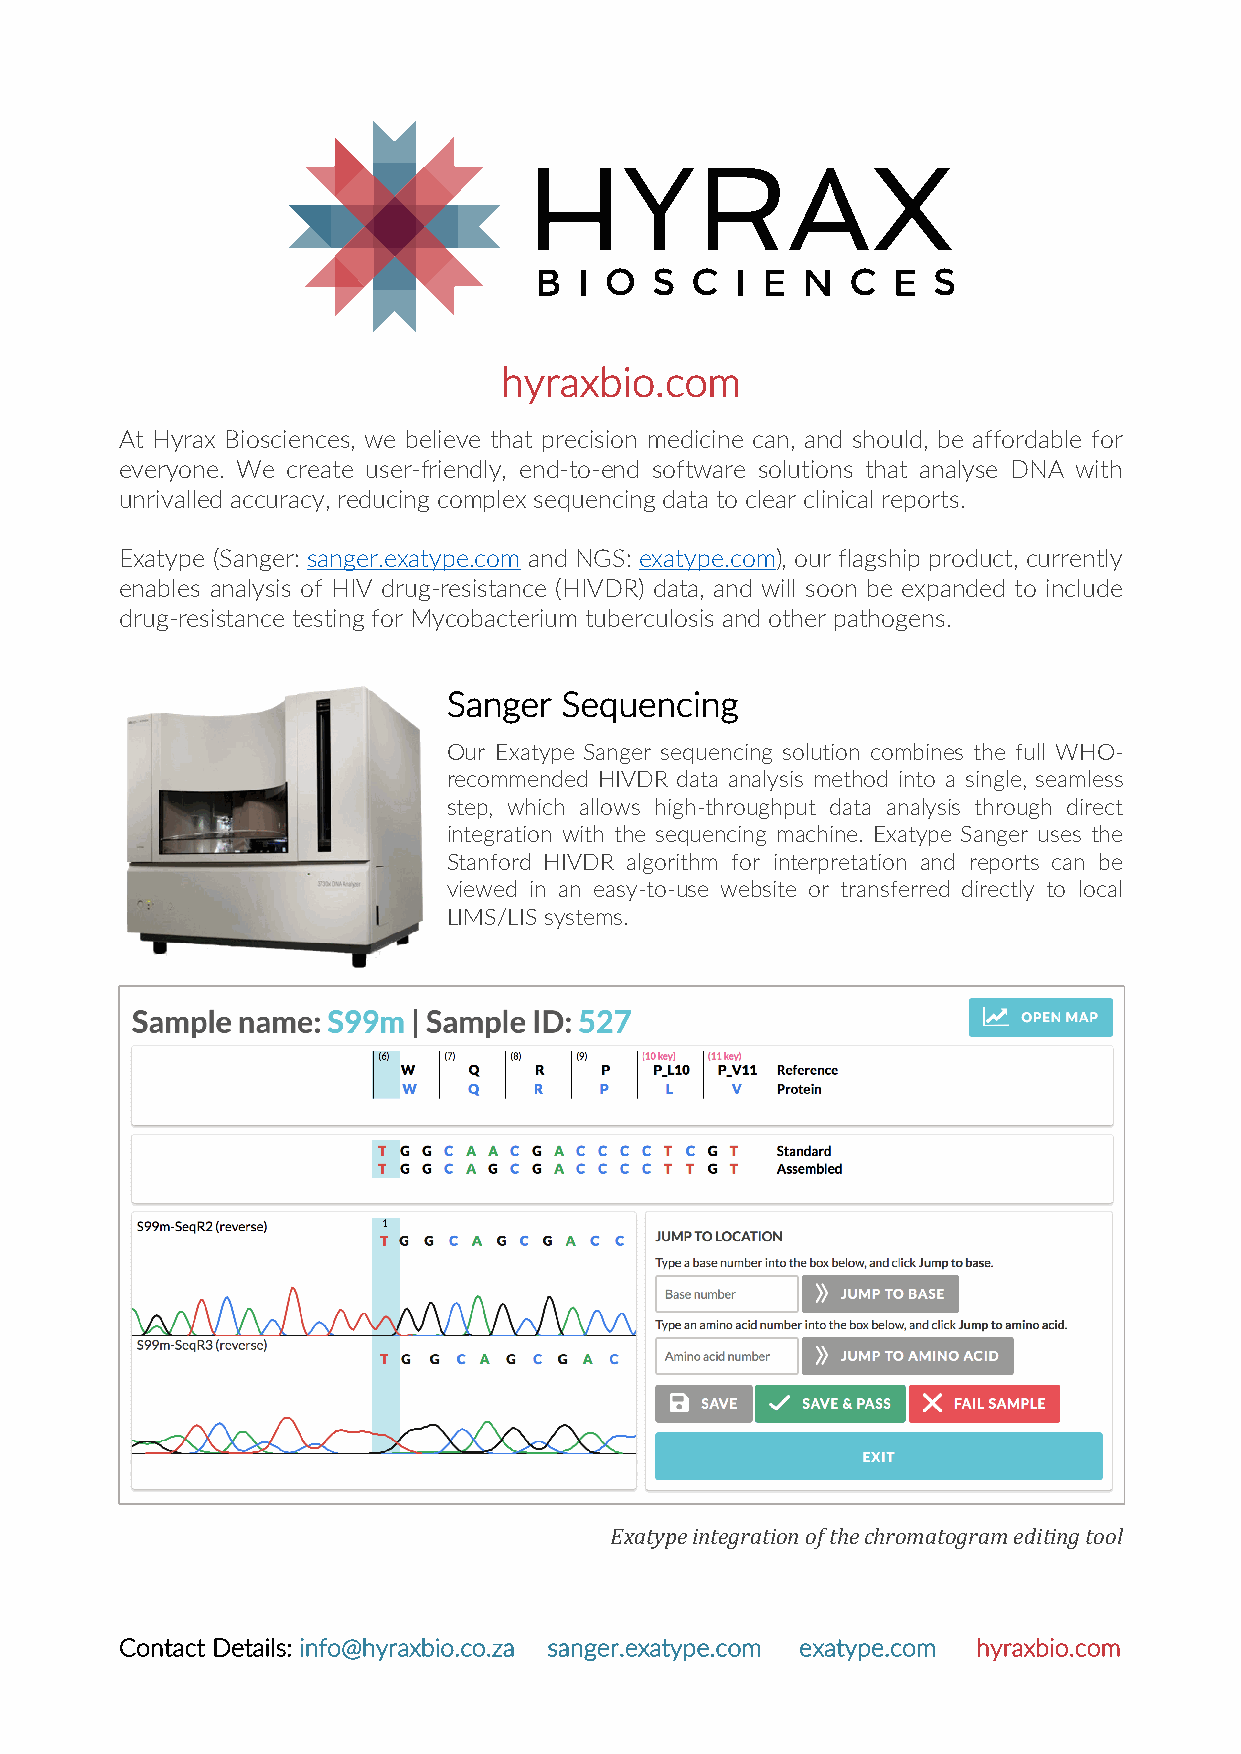
hyraxbio.com
 At Hyrax Biosciences, we believe that precision medicine can, and should, be affordable for
 everyone. We create user-friendly, end-to-end software solutions that analyse DNA with
 unrivalled accuracy, reducing complex sequencing data to clear clinical reports.
 Exatype (Sanger: sanger.exatype.com and NGS: exatype.com), our flagship product, currently
 enables analysis of HIV drug-resistance (HIVDR) data, and will soon be expanded to include
 drug-resistance testing for Mycobacterium tuberculosis and other pathogens.
 Sanger Sequencing
 Our Exatype Sanger sequencing solution combines the full WHO-
 recommended HIVDR data analysis method into a single, seamless
 step, which allows high-throughput data analysis through direct
 integration with the sequencing machine. Exatype Sanger uses the
 Stanford HIVDR algorithm for interpretation and reports can be
 viewed in an easy-to-use website or transferred directly to local
 LIMS/LIS systems.
 Exatype integration of the chromatogram editing tool
 Contact Details: info@hyraxbio.co.za sanger.exatype.com exatype.com hyraxbio.com